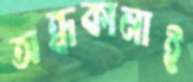
অন্ধকানাই